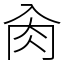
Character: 肏